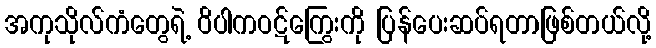
အကုသိုလ်ကံတွေရဲ့ ဝိပါကဝဋ်ကြွေးကို ပြန်ပေးဆပ်ရတာဖြစ်တယ်လို့